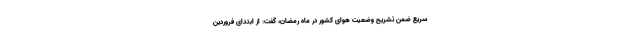
سریع ضمن تشریح وضعیت هوای کشور در ماه رمضان، گفت: از ابتدای فروردین